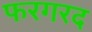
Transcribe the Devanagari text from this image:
फरगरद